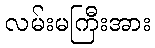
လမ်းမကြီးအား